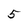
Character: 5